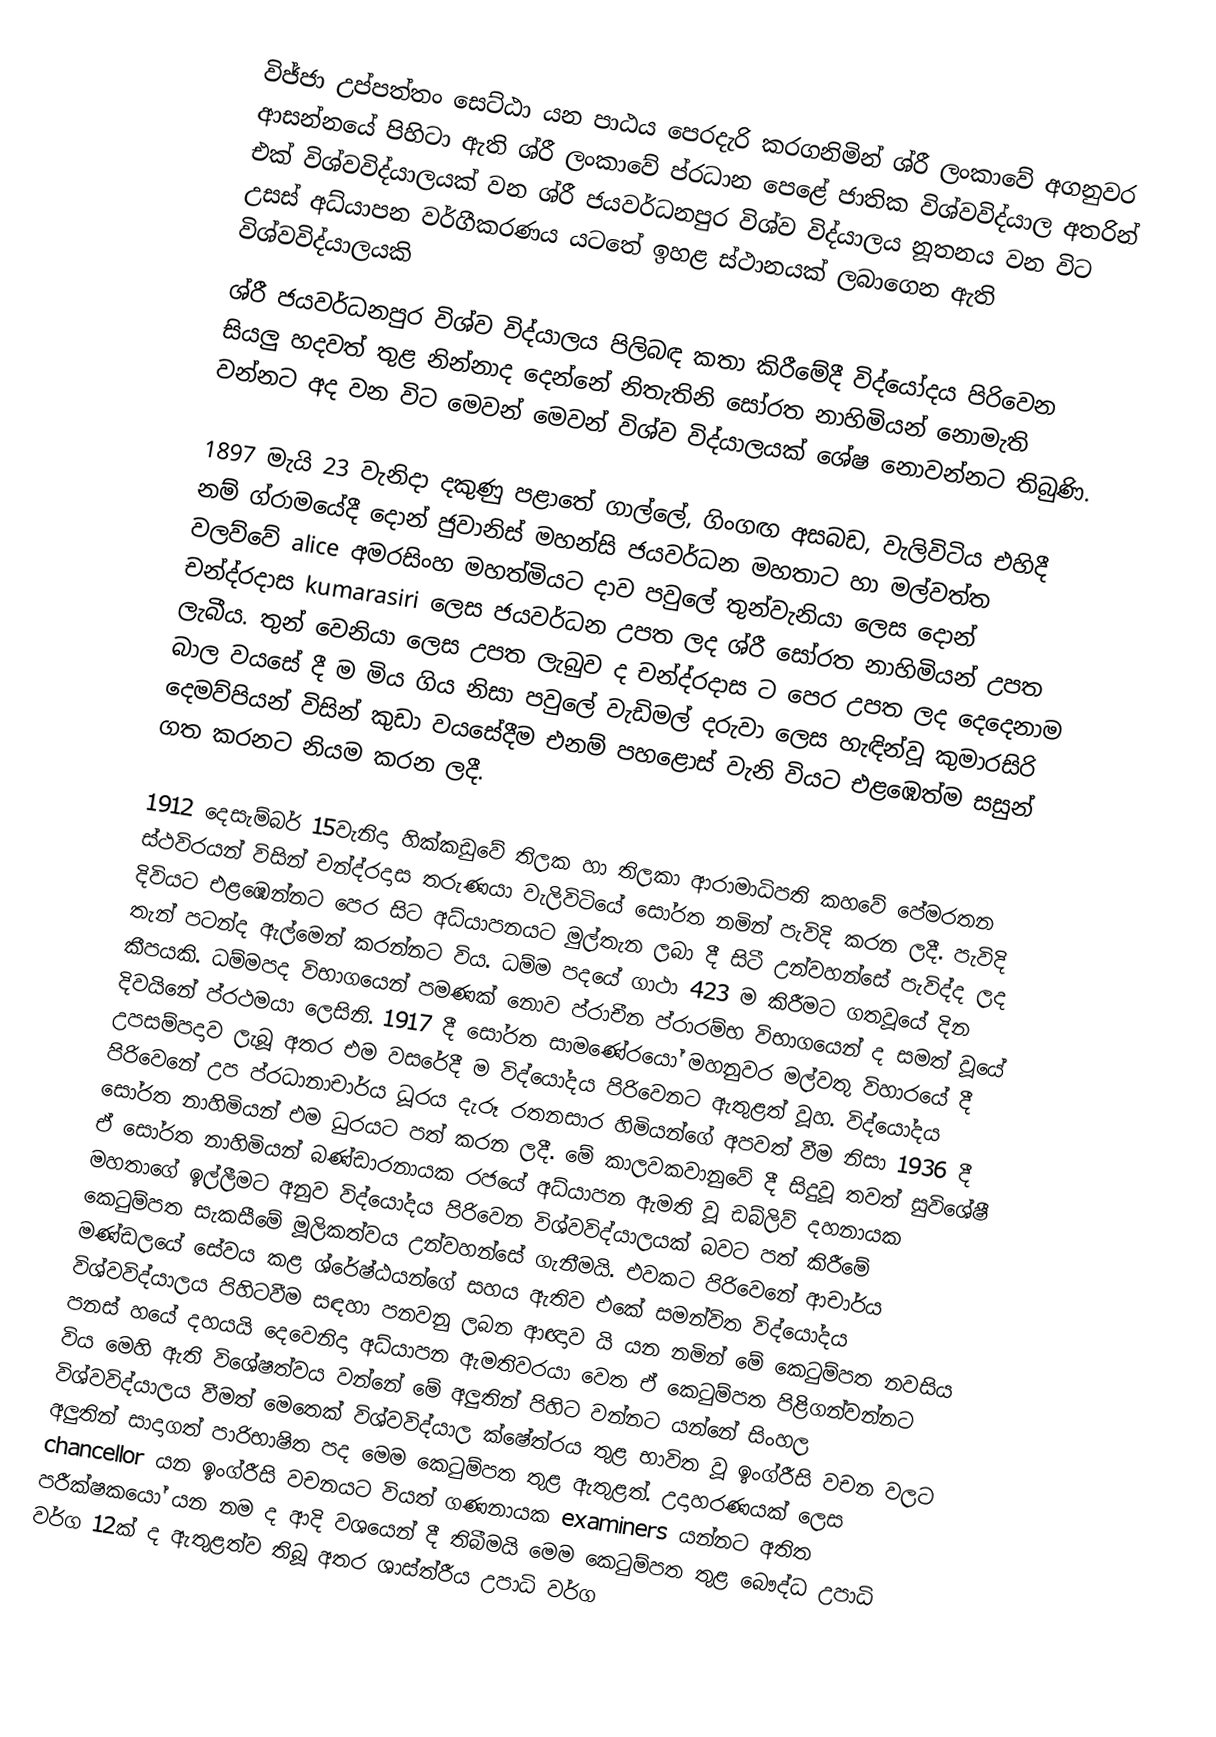
විජ්ජා උප්පත්තං සෙට්ඨා යන පාඨය පෙරදැරි කරගනිමින් ශ්රී ලංකාවේ අගනුවර ආසන්නයේ පිහිටා ඇති ශ්රී ලංකාවේ ප්රධාන පෙළේ ජාතික විශ්වවිද්යාල අතරින් එක් විශ්වවිද්යාලයක් වන ශ්රී ජයවර්ධනපුර විශ්ව විද්යාලය නූතනය වන විට උසස් අධ්යාපන වර්ගීකරණය යටතේ ඉහළ ස්ථානයක් ලබාගෙන ඇති විශ්වවිද්යාලයකි
ශ්රී ජයවර්ධනපුර විශ්ව විද්යාලය පිලිබඳ කතා කිරීමේදී විද්යෝදය පිරිවෙන සියලු හදවත් තුළ නින්නාද දෙන්නේ නිතැතිනි සෝරත නාහිමියන් නොමැති වන්නට අද වන විට මෙවන් මෙවන් විශ්ව විද්යාලයක් ශේෂ නොවන්නට තිබුණි.

1897 මැයි 23 වැනිදා දකුණු පළාතේ ගාල්ලේ, ගිංගඟ අසබඩ, වැලිවිටිය එහිදී නම් ග්රාමයේදී දොන් ජුවානිස් මහන්සි ජයවර්ධන මහතාට හා මල්වත්ත වලව්වේ alice අමරසිංහ මහත්මියට දාව පවුලේ තුන්වැනියා ලෙස දොන් චන්ද්රදාස kumarasiri ලෙස ජයවර්ධන උපත ලද ශ්රී සෝරත නාහිමියන් උපත ලැබීය. තුන් වෙනියා ලෙස උපත ලැබුව ද චන්ද්රදාස ට පෙර උපත ලද දෙදෙනාම බාල වයසේ දී ම මිය ගිය නිසා පවුලේ වැඩිමල් දරුවා ලෙස හැඳින්වූ කුමාරසිරි දෙමව්පියන් විසින් කුඩා වයසේදීම එනම් පහළොස් වැනි වියට එළඹෙත්ම සසුන් ගත කරනට නියම කරන ලදී.

1912 දෙසැම්බර් 15වැනිදා හික්කඩුවේ තිලක හා තිලකා ආරාමාධිපති කහවේ පේමරතන ස්ථවිරයන් විසින් චන්ද්රදාස තරුණයා වැලිවිටියේ සෝරත නමින් පැවිදි කරන ලදී. පැවිදි දිවියට එළඹෙන්නට පෙර සිට අධ්යාපනයට මුල්තැන ලබා දී සිටී උන්වහන්සේ පැවිද්ද ලද තැන් පටන්ද ඇල්මෙන් කරන්නට විය. ධම්ම පදයේ ගාථා 423 ම කිරීමට ගතවූයේ දින කීපයකි. ධම්මපද විභාගයෙන් පමණක් නොව ප්රාචීන ප්රාරම්භ විභාගයෙන් ද සමත් වූයේ දිවයිනේ ප්රථමයා ලෙසිනි. 1917 දී සෝරත සාමණේරයෝ මහනුවර මල්වතු විහාරයේ දී උපසම්පදාව ලැබූ අතර එම වසරේදී ම විද්යෝදය පිරිවෙනට ඇතුළත් වූහ. විද්යෝදය පිරිවෙනේ උප ප්රධානාචාර්ය ධූරය දැරූ රතනසාර හිමියන්ගේ අපවත් වීම නිසා 1936 දී සෝරත නාහිමියන් එම ධුරයට පත් කරන ලදී. මේ කාලවකවානුවේ දී සිදුවූ තවත් සුවිශේෂී ඒ සෝරත නාහිමියන් බණ්ඩාරනායක රජයේ අධ්යාපන ඇමති වූ ඩබ්ලිව් දහනායක මහතාගේ ඉල්ලීමට අනුව විද්යෝදය පිරිවෙන විශ්වවිද්යාලයක් බවට පත් කිරීමේ කෙටුම්පත සැකසීමේ මූලිකත්වය උන්වහන්සේ ගැනීමයි. එවකට පිරිවෙනේ ආචාර්ය මණ්ඩලයේ සේවය කළ ශ්රේෂ්ඨයන්ගේ සහය ඇතිව එකේ සමන්විත විද්යෝදය විශ්වවිද්යාලය පිහිටවීම සඳහා පනවනු ලබන ආඥාව යි යන නමින් මේ කෙටුම්පත නවසිය පනස් හයේ දහයයි දෙවෙනිදා අධ්යාපන ඇමතිවරයා වෙත ඒ කෙටුම්පත පිළිගන්වන්නට විය මෙහි ඇති විශේෂත්වය වන්නේ මේ අලුතින් පිහිට වන්නට යන්නේ සිංහල විශ්වවිද්යාලය වීමත් මෙතෙක් විශ්වවිද්යාල ක්ෂේත්රය තුළ භාවිත වූ ඉංග්රීසි වචන වලට අලුතින් සාදාගත් පාරිභාෂිත පද මෙම කෙටුම්පත තුළ ඇතුළත්. උදාහරණයක් ලෙස chancellor යන ඉංග්රීසි වචනයට වියත් ගණනායක examiners යන්නට අතිත පරීක්ෂකයෝ යන නම ද ආදි වශයෙන් දී තිබීමයි මෙම කෙටුම්පත තුළ බෞද්ධ උපාධි වර්ග 12ක් ද ඇතුළත්ව තිබූ අතර ශාස්ත්රීය උපාධි වර්ග